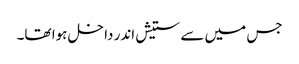
جس میں سے ستیش اندر داخل ہوا تھا۔